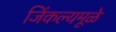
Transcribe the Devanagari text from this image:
जिंकल्यमूळे